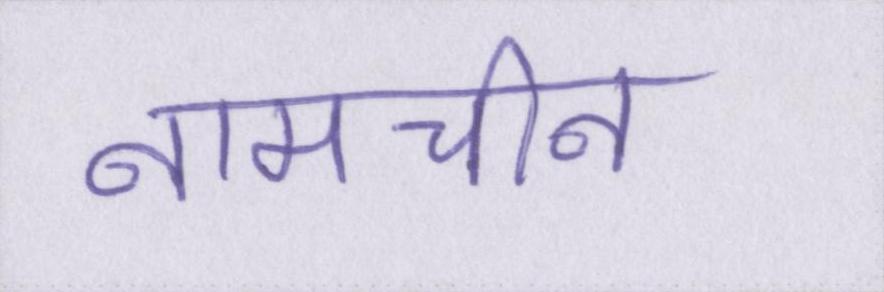
नामचीन